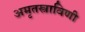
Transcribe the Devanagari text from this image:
अमृतस्त्राविणी